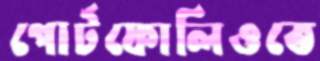
পোর্টফোলিওতে